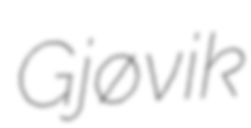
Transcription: Gjøvik